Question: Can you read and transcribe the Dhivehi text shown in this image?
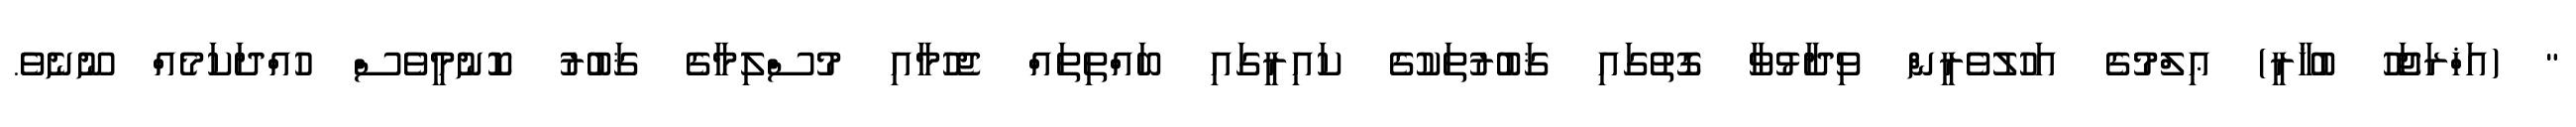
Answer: " (އަޚްރަޖަހޫ ބުޚާރީ) ޢިލްމުގެ އަހުލުވެރީން ވިދާޅުވާ ގޮތުގައި ޤަބުރުތަކުގެ ކައިރީގައި ބައްތިތައް ޖެހުމާއި މުސްލިމާގެ ޤަބުރު ކޮނުމީވެސް ހުއްދަކަމެއް ނޫނެވެ.